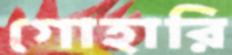
গোহারি